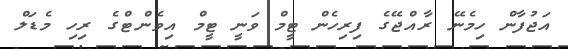
އަޖުފާން ހިމެނޭ ރާއްޖޭގެ ފިރިހެން ޓީމް ވަނީ ޓީމް އިވެންޓްގެ ރިހި މެޑަލް